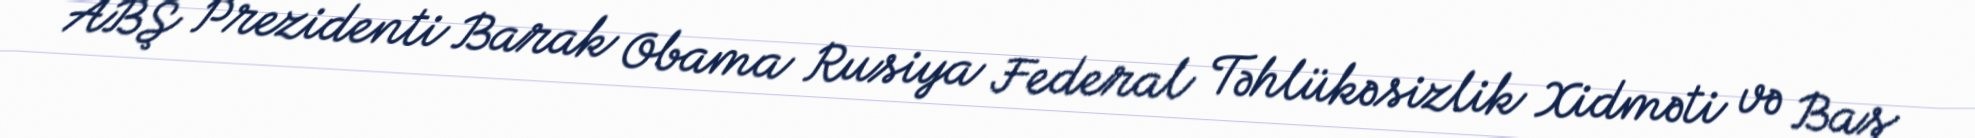
ABŞ Prezidenti Barak Obama Rusiya Federal Təhlükəsizlik Xidməti və Baş